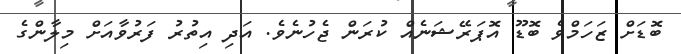
ބޮޑަށް ޒަހަމްވެ ބޮޑޫ އޮޕަރޭޝަނެއް ކުރަން ޖެހުނެވެ. އަދި އިތުރު ފަރުވާއަށް މިލާންގެ